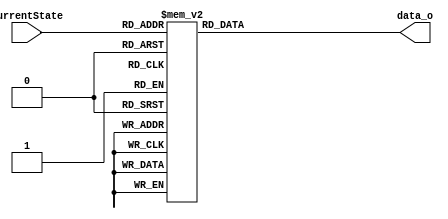
module Controller_Outputs(CurrentState, data_o);
    parameter   S0  = 6'd0,     S1  = 6'd1,      S2 = 6'd2,
                S3  = 6'd3,     S4  = 6'd4,      S5 = 6'd5,
                S6  = 6'd6,     S7  = 6'd7,      S8 = 6'd8,
                S9  = 6'd9,     S10 = 6'd10,    S11 = 6'd11,
                S12 = 6'd12,    S13 = 6'd13,    S14 = 6'd14,
                S15 = 6'd15,    S16 = 6'd16,    S17 = 6'd17,
                S18 = 6'd18,    S19 = 6'd19,    S20 = 6'd20,
                S21 = 6'd21,    S22 = 6'd22,    S23 = 6'd23,
                S24 = 6'd24,    S25 = 6'd25,    S26 = 6'd26,
                S27 = 6'd27,    S28 = 6'd28,    S29 = 6'd29,
                S30 = 6'd30,    S31 = 6'd31,    S32 = 6'd32,
                S33 = 6'd33,    S34 = 6'd34,    S35 = 6'd35,
                S36 = 6'd36,    S37 = 6'd37,    S38 = 6'd38,
                S39 = 6'd39,    S40 = 6'd40,    S41 = 6'd41,
                S42 = 6'd42,    S43 = 6'd43,    S44 = 6'd44,
                S45 = 6'd45,    S46 = 6'd46,    S47 = 6'd47,
                S48 = 6'd48,    S49 = 6'd49,    S50 = 6'd50;
    
    input   	[5:0] CurrentState;
    output reg [13:0] data_o;

    always @ (CurrentState) begin
        case (CurrentState)
            S0: data_o      =    14'b00000000000000;
            S1: data_o      =    14'b11001000000000;
            S2: data_o      =    14'b01010001000000;
            
            // Iteration 1
            S3: data_o      =    14'b01011001010100;
            S4: data_o      =    14'b01011011010000;
            S5: data_o      =    14'b01011011101100;
            S6: data_o      =    14'b01010011000000;

            // Iteration 2
            S7: data_o      =    14'b01011001010100;
            S8: data_o      =    14'b01011011010000;
            S9: data_o      =    14'b01011011101100;
            S10: data_o      =    14'b01010011000000;

            // Iteration 3
            S11: data_o      =    14'b01011001010100;
            S12: data_o      =    14'b01011011010000;
            S13: data_o      =    14'b01011011101100;
            S14: data_o      =    14'b01010011000000;

            // Iteration 4
            S15: data_o      =    14'b01011001010100;
            S16: data_o      =    14'b01011011010000;
            S17: data_o      =    14'b01011011101100;
            S18: data_o      =    14'b01010011000000;

            // Iteration 5
            S19: data_o      =    14'b01011001010100;
            S20: data_o      =    14'b01011011010000;
            S21: data_o      =    14'b01011011101100;
            S22: data_o      =    14'b01010011000000;

            // Iteration 6
            S23: data_o      =    14'b01011001010100;
            S24: data_o      =    14'b01011011010000;
            S25: data_o      =    14'b01011011101100;
            S26: data_o      =    14'b01010011000000;

            // Iteration 7
            S27: data_o      =    14'b01011001010100;
            S28: data_o      =    14'b01011011010000;
            S29: data_o      =    14'b01011011101100;
            S30: data_o      =    14'b01010011000000;

            // Iteration 8
            S31: data_o      =    14'b01011001010100;
            S32: data_o      =    14'b01011011010000;
            S33: data_o      =    14'b01011011101100;
            S34: data_o      =    14'b01010011000000;

            // Iteration 9
            S35: data_o      =    14'b01011001010100;
            S36: data_o      =    14'b01011011010000;
            S37: data_o      =    14'b01011011101100;
            S38: data_o      =    14'b01010011000000;

            // Iteration 10
            S39: data_o      =    14'b01011001010100;
            S40: data_o      =    14'b01011011010000;
            S41: data_o      =    14'b01011011101100;
            S42: data_o      =    14'b01010011000000;

            // Iteration 11
            S43: data_o      =    14'b01011001010100;
            S44: data_o      =    14'b01011011010000;
            S45: data_o      =    14'b01011011101100;
            S46: data_o      =    14'b01010011000000;

            // Iteration 12
            S47: data_o      =    14'b01011001010100;
            S48: data_o      =    14'b01011011010000;
            S49: data_o      =    14'b01011011101100;

            // Output
            S50: data_o     =    14'b00111011000001;
            default: data_o =    14'b00000000000000;
        endcase
    end
endmodule